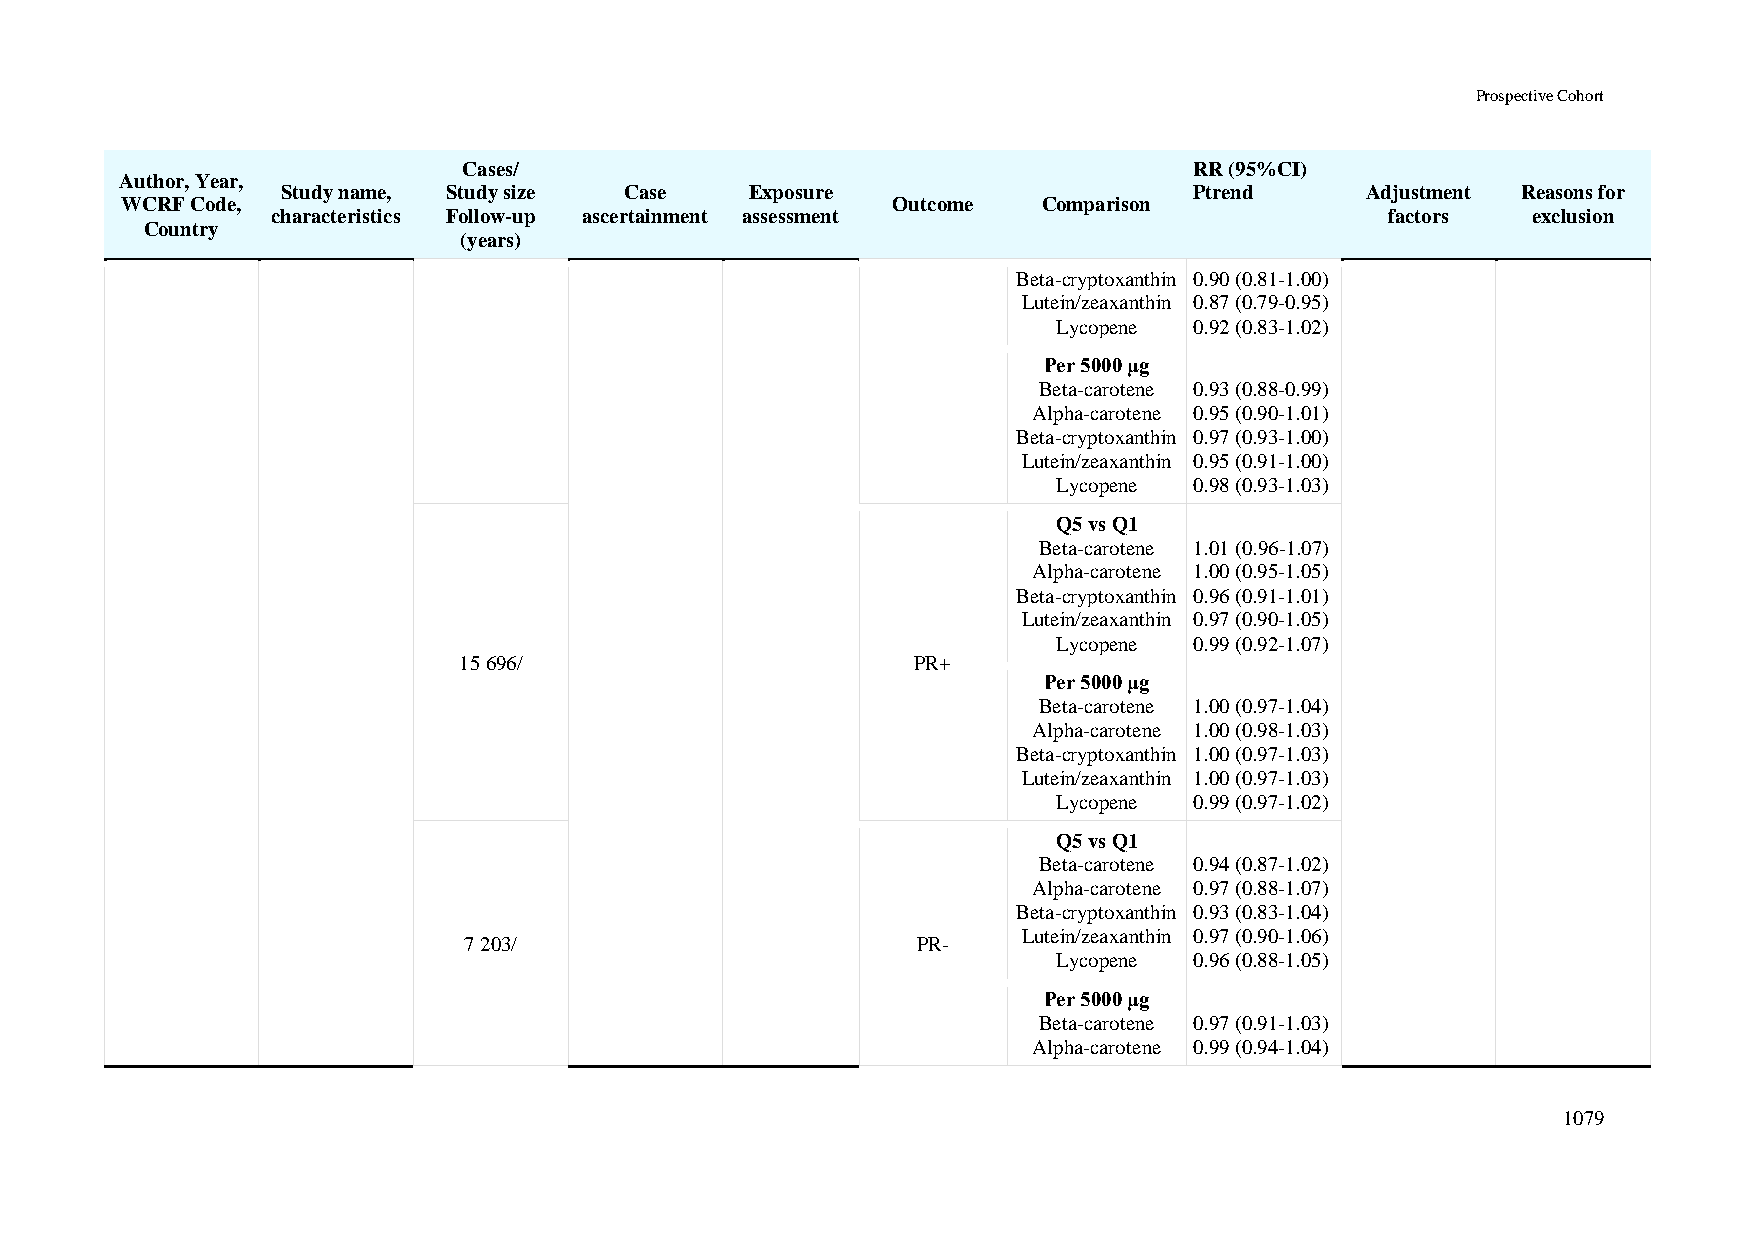
Prospective Cohort
 Cases/                                          RR (95%CI)
 Author, Year,
 Study name, Study size Case    Exposure                     Ptrend     Adjustment Reasons for
 WCRF Code,                                         Outcome   Comparison
 characteristics Follow-up ascertainment assessment                        factors  exclusion
 Country
 (years)
 Beta-cryptoxanthin 0.90 (0.81-1.00)
 Lutein/zeaxanthin 0.87 (0.79-0.95)
 Lycopene 0.92 (0.83-1.02)
 Per 5000 μg
 Beta-carotene 0.93 (0.88-0.99)
 Alpha-carotene 0.95 (0.90-1.01)
 Beta-cryptoxanthin 0.97 (0.93-1.00)
 Lutein/zeaxanthin 0.95 (0.91-1.00)
 Lycopene 0.98 (0.93-1.03)
 Q5 vs Q1
 Beta-carotene 1.01 (0.96-1.07)
 Alpha-carotene 1.00 (0.95-1.05)
 Beta-cryptoxanthin 0.96 (0.91-1.01)
 Lutein/zeaxanthin 0.97 (0.90-1.05)
 Lycopene 0.99 (0.92-1.07)
 15 696/                        PR+
 Per 5000 μg
 Beta-carotene 1.00 (0.97-1.04)
 Alpha-carotene 1.00 (0.98-1.03)
 Beta-cryptoxanthin 1.00 (0.97-1.03)
 Lutein/zeaxanthin 1.00 (0.97-1.03)
 Lycopene 0.99 (0.97-1.02)
 Q5 vs Q1
 Beta-carotene 0.94 (0.87-1.02)
 Alpha-carotene 0.97 (0.88-1.07)
 Beta-cryptoxanthin 0.93 (0.83-1.04)
 Lutein/zeaxanthin 0.97 (0.90-1.06)
 7 203/                        PR-
 Lycopene 0.96 (0.88-1.05)
 Per 5000 μg
 Beta-carotene 0.97 (0.91-1.03)
 Alpha-carotene 0.99 (0.94-1.04)
 1079